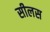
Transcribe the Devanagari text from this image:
सीलस